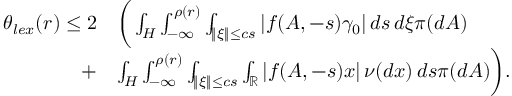
\begin{array} { r l } { \theta _ { l e x } ( r ) \leq 2 } & { \bigg ( \int _ { H } \int _ { - \infty } ^ { \rho ( r ) } \int _ { \| \xi \| \leq c s } | f ( A , - s ) \gamma _ { 0 } | \, d s \, d \xi \pi ( d A ) } \\ { + } & { \int _ { H } \int _ { - \infty } ^ { \rho ( r ) } \int _ { \| \xi \| \leq c s } \int _ { \mathbb { R } } | f ( A , - s ) x | \, \nu ( d x ) \, d s \pi ( d A ) \bigg ) . } \end{array}